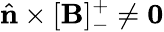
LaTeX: \hat{\mathbf{n}}\times[\mathbf{B}]_{-}^{+}\neq\mathbf{0}